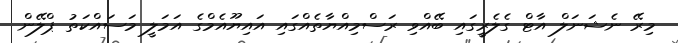
މިރޭ ނެޝަނަލް އާޓް ގެލެރީގައި ބޭއްވި ރަސްމިއްޔާތެއްގައި އައިޔޫއެމްގެ އަމަލީ މަސައްކަތު ޕްލޭން